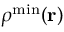
{ \boldsymbol \rho } ^ { \mathrm { m i n } } ( { \bf r } )